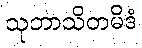
သုဘာသိတမိဒံ